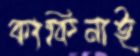
কাকিনাই